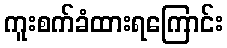
ကူးစက်ခံထားရကြောင်း